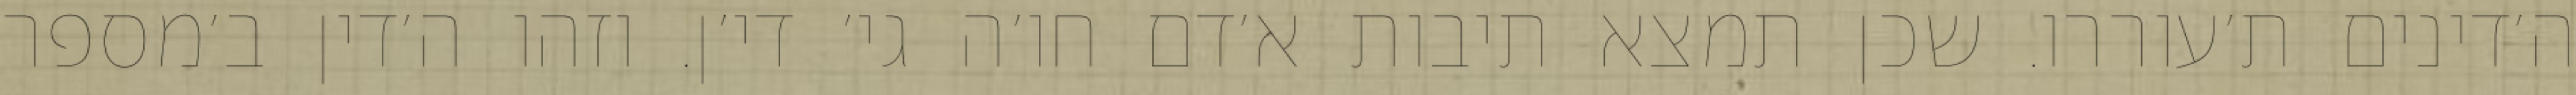
ה׳דינים ת׳עוררו. שכן תמצא תיבות א׳דם חו׳ה גי׳ די׳ן. וזהו ה׳דין ב׳מספר